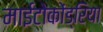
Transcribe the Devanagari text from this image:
माईटोकोंड्रिया